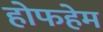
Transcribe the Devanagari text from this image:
होफहेम